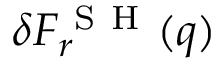
\delta F _ { r } ^ { \mathrm { ~ S ~ H ~ } } ( q )